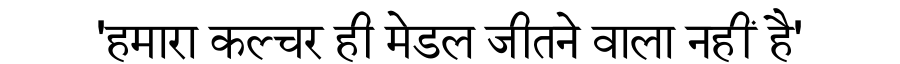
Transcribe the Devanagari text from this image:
'हमारा कल्चर ही मेडल जीतने वाला नहीं है'